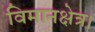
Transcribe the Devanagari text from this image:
विमानक्षेत्र।